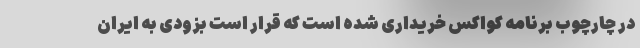
در چارچوب برنامه کواکس خریداری شده است که قرار است بزودی به ایران